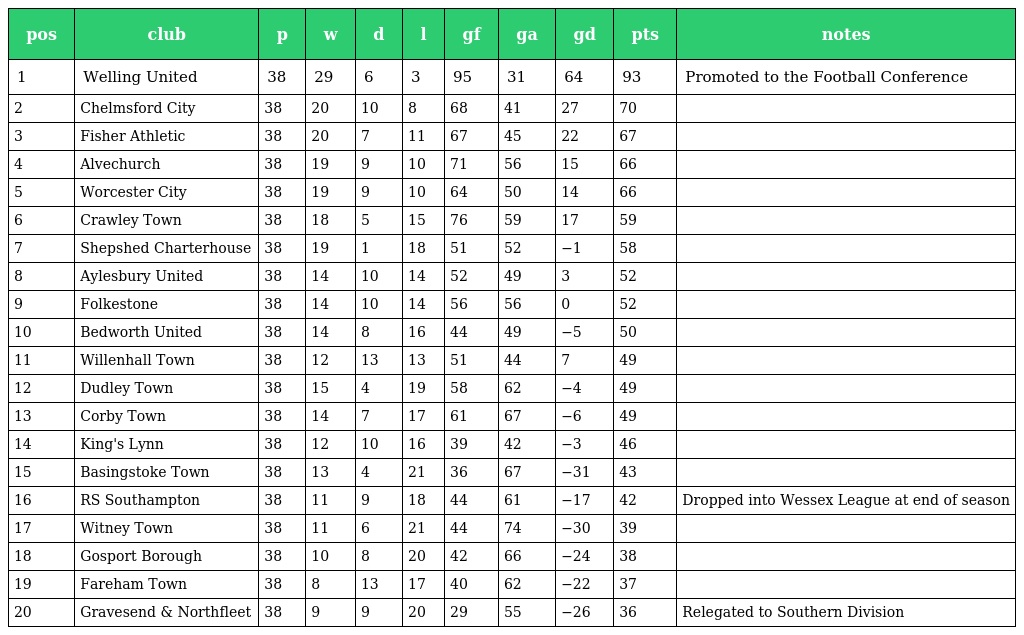
| pos | club | p | w | d | l | gf | ga | gd | pts | notes |
 | --- | --- | --- | --- | --- | --- | --- | --- | --- | --- | --- |
 | 1 | Welling United | 38 | 29 | 6 | 3 | 95 | 31 | 64 | 93 | Promoted to the Football Conference |
 | 2 | Chelmsford City | 38 | 20 | 10 | 8 | 68 | 41 | 27 | 70 |  |
 | 3 | Fisher Athletic | 38 | 20 | 7 | 11 | 67 | 45 | 22 | 67 |  |
 | 4 | Alvechurch | 38 | 19 | 9 | 10 | 71 | 56 | 15 | 66 |  |
 | 5 | Worcester City | 38 | 19 | 9 | 10 | 64 | 50 | 14 | 66 |  |
 | 6 | Crawley Town | 38 | 18 | 5 | 15 | 76 | 59 | 17 | 59 |  |
 | 7 | Shepshed Charterhouse | 38 | 19 | 1 | 18 | 51 | 52 | −1 | 58 |  |
 | 8 | Aylesbury United | 38 | 14 | 10 | 14 | 52 | 49 | 3 | 52 |  |
 | 9 | Folkestone | 38 | 14 | 10 | 14 | 56 | 56 | 0 | 52 |  |
 | 10 | Bedworth United | 38 | 14 | 8 | 16 | 44 | 49 | −5 | 50 |  |
 | 11 | Willenhall Town | 38 | 12 | 13 | 13 | 51 | 44 | 7 | 49 |  |
 | 12 | Dudley Town | 38 | 15 | 4 | 19 | 58 | 62 | −4 | 49 |  |
 | 13 | Corby Town | 38 | 14 | 7 | 17 | 61 | 67 | −6 | 49 |  |
 | 14 | King's Lynn | 38 | 12 | 10 | 16 | 39 | 42 | −3 | 46 |  |
 | 15 | Basingstoke Town | 38 | 13 | 4 | 21 | 36 | 67 | −31 | 43 |  |
 | 16 | RS Southampton | 38 | 11 | 9 | 18 | 44 | 61 | −17 | 42 | Dropped into Wessex League at end of season |
 | 17 | Witney Town | 38 | 11 | 6 | 21 | 44 | 74 | −30 | 39 |  |
 | 18 | Gosport Borough | 38 | 10 | 8 | 20 | 42 | 66 | −24 | 38 |  |
 | 19 | Fareham Town | 38 | 8 | 13 | 17 | 40 | 62 | −22 | 37 |  |
 | 20 | Gravesend & Northfleet | 38 | 9 | 9 | 20 | 29 | 55 | −26 | 36 | Relegated to Southern Division |